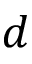
d